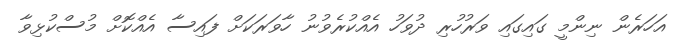
އަހަރެން ނިންމީ ގައިގައި ވަރުހުރި ދުވަހު އެއްކުރެވުނު ހާވަރަަކަށް ފައިސާ އެއްކޮށް މުސްކުޅިވާ